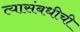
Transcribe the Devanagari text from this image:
त्यासंबधीची